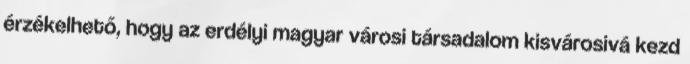
érzékelhető, hogy az erdélyi magyar városi társadalom kisvárosivá kezd